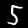
Digit: 5